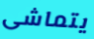
يتماشى